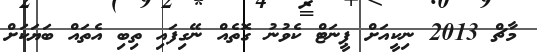
މާޗް 2013 ނިކީއަށް ޕީނަޓް ކެވުނު ގޮތެއް ނޭގިފައި ތިބި އެތައް ބަޔަކަށް